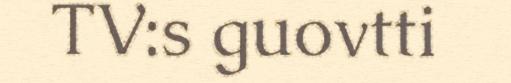
TV:s guovtti